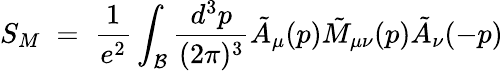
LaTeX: S_{M}\; =\; {\frac{1}{e^{2}}}\int_{\cal B}{\frac{d^{3}p}{(2\pi)^{3}}}{\tilde{A}}_{\mu}(p){\tilde{M}_{\mu\nu}}(p){\tilde{A}}_{\nu}(-p)